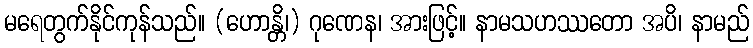
မရေတွက်နိုင်ကုန်သည်။ (ဟောန္တိ၊) ဂုဏေန၊ အားဖြင့်။ နာမသဟဿတော အပိ၊ နာမည်